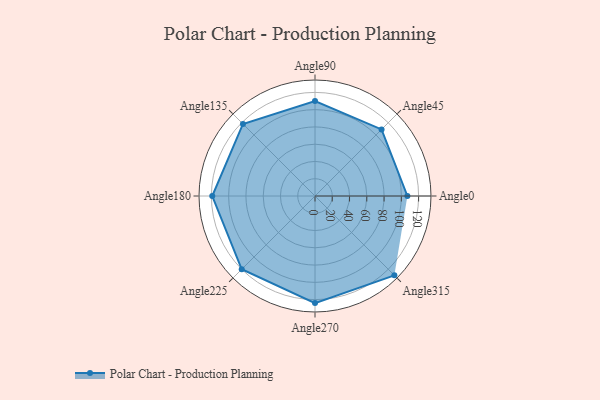
{"axis": {"x": "Angle", "y": "Radius"}, "legend": [""], "data": [{"x": "Angle0", "y": 107.0, "type": ""}, {"x": "Angle45", "y": 109.0, "type": ""}, {"x": "Angle90", "y": 110.0, "type": ""}, {"x": "Angle135", "y": 118.0, "type": ""}, {"x": "Angle180", "y": 119.0, "type": ""}, {"x": "Angle225", "y": 120.0, "type": ""}, {"x": "Angle270", "y": 124.0, "type": ""}, {"x": "Angle315", "y": 130.0, "type": ""}]}